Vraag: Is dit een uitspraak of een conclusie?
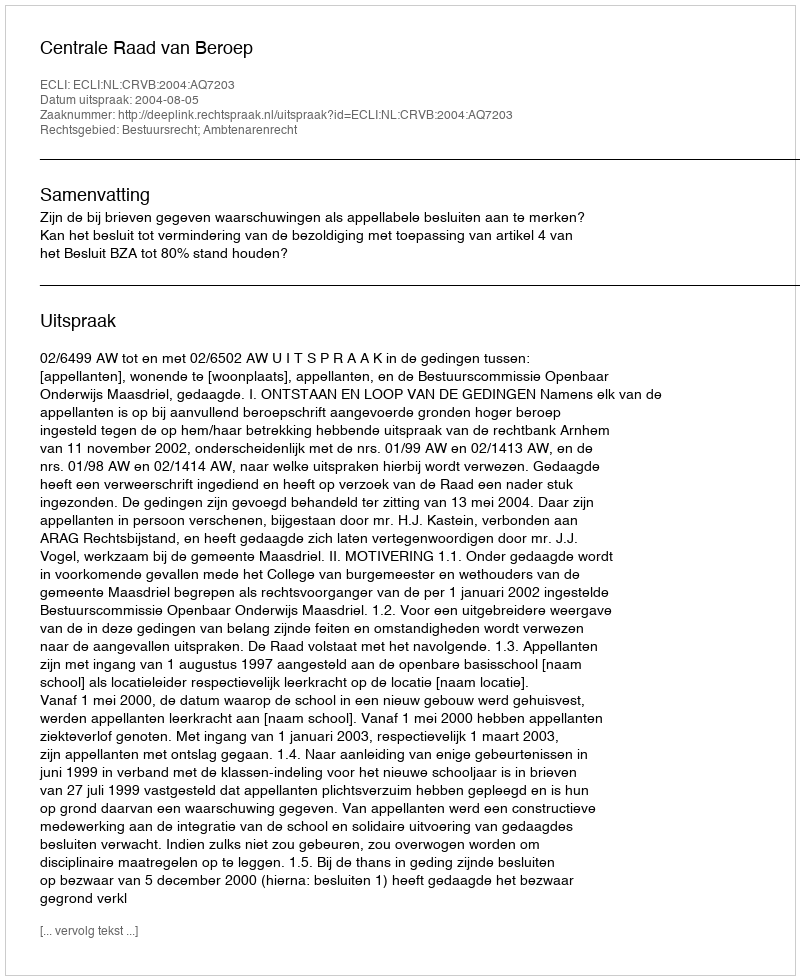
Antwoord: Uitspraak